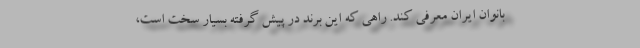
بانوان ایران معرفی کند. راهی که این برند در پیش گرفته بسیار سخت است،